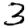
Digit: 3